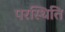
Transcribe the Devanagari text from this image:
परस्थिति